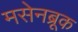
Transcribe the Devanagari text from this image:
मसेनब्रूक